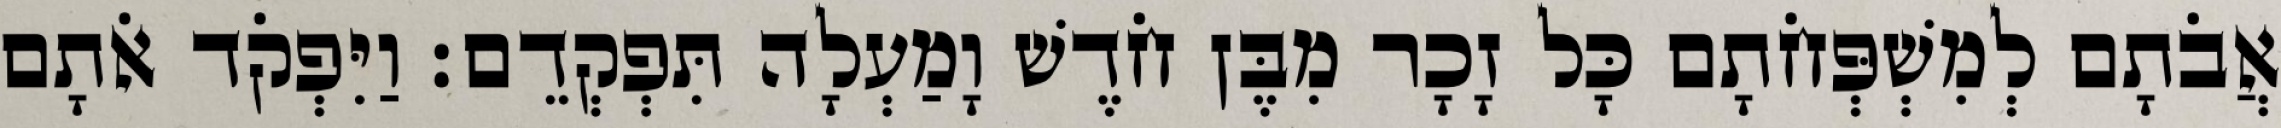
אֲבֹתָם לְמִשְׁפְּחֹתָם כָּל זָכָר מִבֶּן חֹדֶשׁ וָמַעְלָה תִּפְקְדֵם׃ וַיִּפְקֹד אֹתָם